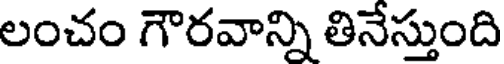
లంచం గౌరవాన్ని తినేస్తుంది